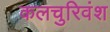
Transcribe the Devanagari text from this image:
कलचुरिवंश